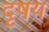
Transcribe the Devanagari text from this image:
दृषय